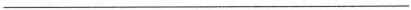
___